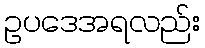
ဥပဒေအရလည်း